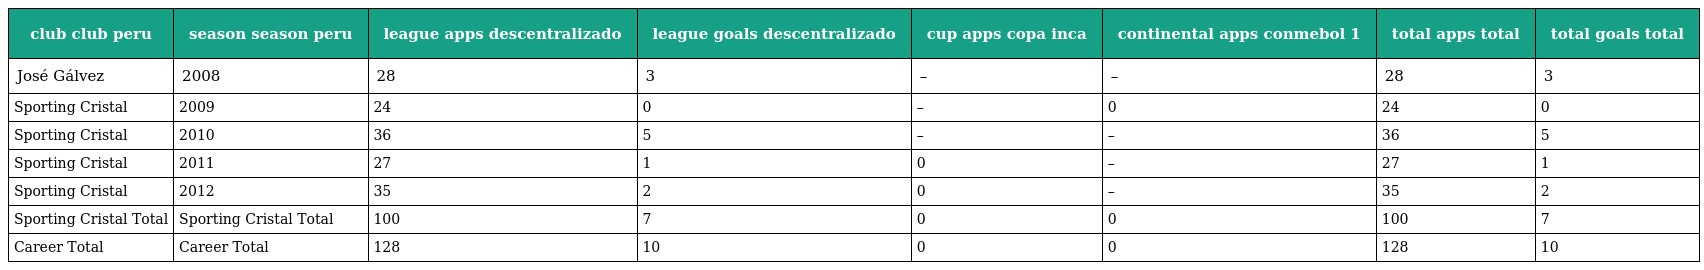
| club club peru | season season peru | league apps descentralizado | league goals descentralizado | cup apps copa inca | continental apps conmebol 1 | total apps total | total goals total |
 | --- | --- | --- | --- | --- | --- | --- | --- |
 | José Gálvez | 2008 | 28 | 3 | – | – | 28 | 3 |
 | Sporting Cristal | 2009 | 24 | 0 | – | 0 | 24 | 0 |
 | Sporting Cristal | 2010 | 36 | 5 | – | – | 36 | 5 |
 | Sporting Cristal | 2011 | 27 | 1 | 0 | – | 27 | 1 |
 | Sporting Cristal | 2012 | 35 | 2 | 0 | – | 35 | 2 |
 | Sporting Cristal Total | Sporting Cristal Total | 100 | 7 | 0 | 0 | 100 | 7 |
 | Career Total | Career Total | 128 | 10 | 0 | 0 | 128 | 10 |